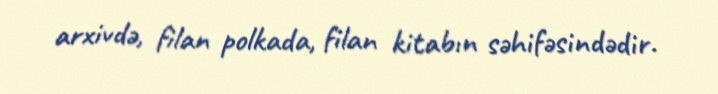
arxivdə, filan polkada, filan kitabın səhifəsindədir.